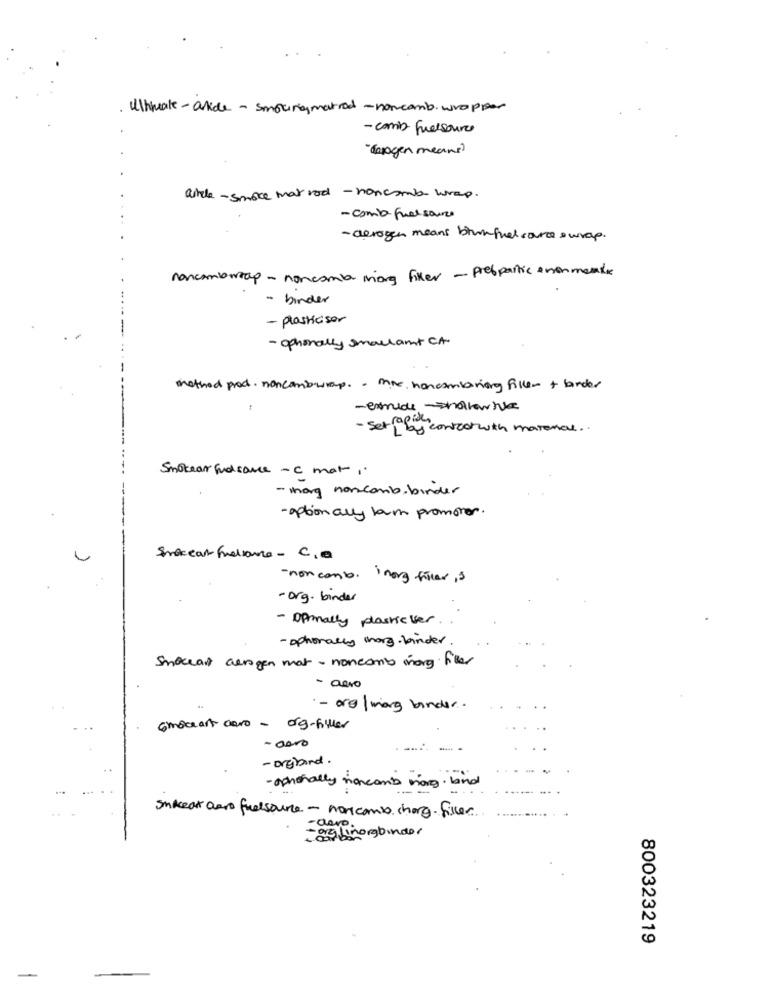
. Ultimate-aide - smokingmarried - noncamb. wrapper
- comb Fuelsour
" carogen means)
airela-smoke mar rod - noncomb- wrap.
- comia-Fuelsource
- alerogen means bruunfuel care &wrap.
concombreap - noncomb mong fixer - probpartic enonmente
- binder
- plasticiser
- ophonally smallamt CA
method prod. noncombwrap. . me hancamboriog filler + border
- exmide shallowse
- set , By contactwith material ..
Smokear fundsance -c mar,
- mhog norcomb. binder
-option ally bam promover.
Spaceat Fuelsance- C, a
- non combo. inorg filter, s
- org. binder
- Ofinally plasticver .
- ophorally marg. kinder.
Smoceans aerogen mat- noncomb many files
- aero
.- ore |morg binder.
comocant caro - org-filer
- aero
-- -
- Drgband.
- ophonally noncan't morg. bind
smcear aero fuelsource - nor comb chorg . filler
= org ahorabinder
- devo .
800323219